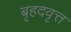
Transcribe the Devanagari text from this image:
बृहदवृत्त